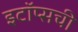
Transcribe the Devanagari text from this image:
इटॉप्सची